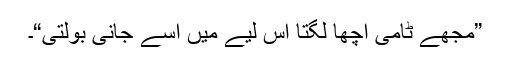
”مجھے ٹامی اچھا لگتا اس لیے میں اسے جانی بولتی“۔